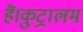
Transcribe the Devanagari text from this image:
हैं।कुट्रालम